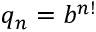
q _ { n } = b ^ { n ! }